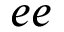
e e